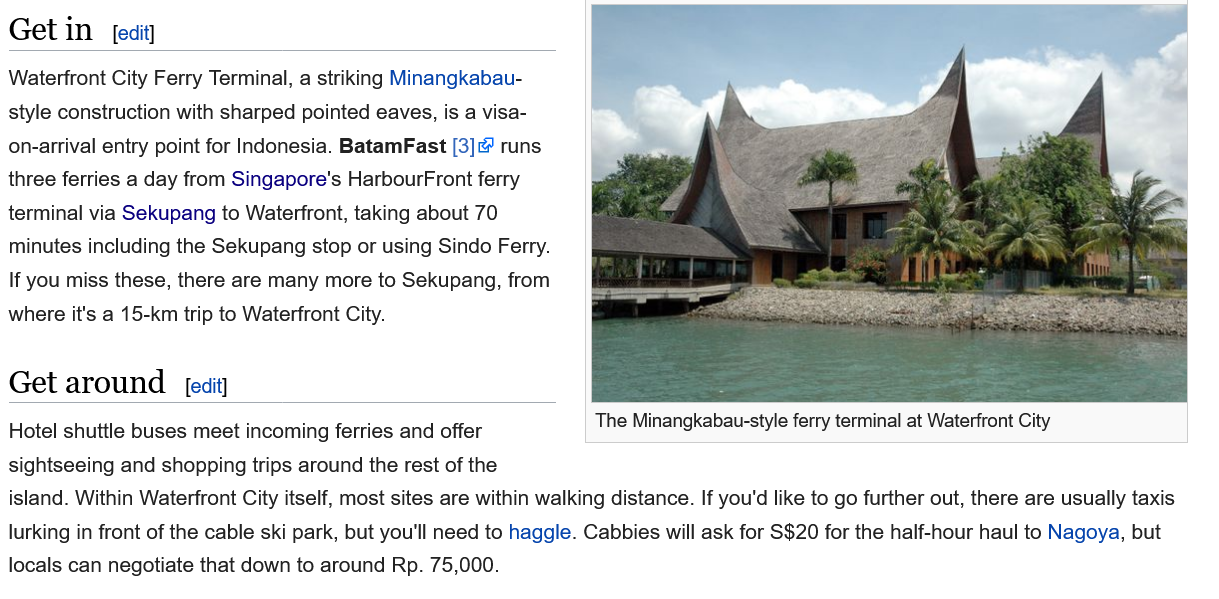
Waterfront City Ferry Terminal, a striking Minangkabau-
  style construction with sharped pointed eaves, is a visa-
  on-arrival entry point for Indonesia. BatamFast [3] runs
  three ferries a day from Singapore's HarbourFront ferry
  terminal via Sekupang to Waterfront, taking about 70
  minutes including the Sekupang stop or using Sindo Ferry.
  If you miss these, there are many more to Sekupang, from
  where it's a 15-km trip to Waterfront City.
  Get  around    [edit]
  Get  in   [edit]
     The Minangkabau-style ferry terminal at Waterfront City
  Hotel shuttle buses meet incoming ferries and offer
     ube) Minengebaigstyie fery terminals Wateirontcity
  sightseeing and shopping trips around the rest of the
  island. Within Waterfront City itself, most sites are within walking distance. If you'd like to go further out, there are usually taxis
  lurking in front of the cable ski park, but you'll need to haggle. Cabbies will ask for S$20 for the half-hour haul to Nagoya, but
  locals can negotiate that down to around Rp. 75,000.